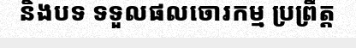
និងបទ ទទួលផលចោរកម្ម ប្រព្រឹត្ត